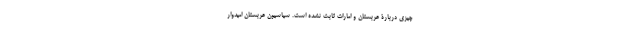
چیزی دربارۀ عربستان و امارات ثابت نشده است. سیاسیون عربستان امیدوار